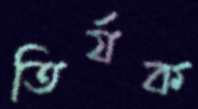
তির্যক